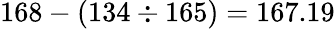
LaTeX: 168-(134\div 165)=167.19